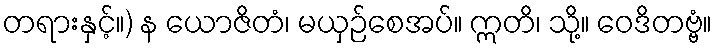
တရားနှင့်။) န ယောဇိတံ၊ မယှဉ်စေအပ်။ ဣတိ၊ သို့။ ဝေဒိတဗ္ဗံ။